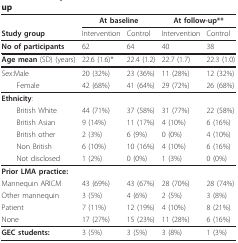
|  | <COLSPAN=2> At baseline | <COLSPAN=2> At follow-up** |
 | Study group | Intervention | Control | Intervention | Control |
 | --- | --- | --- | --- | --- |
 | No of participants | 62 | 64 | 40 | 38 |
 | Age mean (SD) (years) | 22.6 (1.6)* | 22.4 (1.2) | 22.7 (1.7) | 22.3 (1.0) |
 | Sex:Male | 20 (32%) | 23 (36%) | 11 (28%) | 12 (32%) |
 | Female | 42 (68%) | 41 (64%) | 29 (72%) | 26 (68%) |
 | Ethnicity: |  |  |  |  |
 | British White | 44 (71%) | 37 (58%) | 31 (77%) | 22 (58%) |
 | British Asian | 9 (14%) | 11 (17%) | 4 (10%) | 6 (16%) |
 | British other | 2 (3%) | 6 (9%) | 0 (0%) | 4 (10%) |
 | Non British | 6 (10%) | 10 (16%) | 4 (10%) | 6 (16%) |
 | Not disclosed | 1 (2%) | 0 (0%) | 1 (3%) | 0 (0%) |
 | Prior LMA practice: |  |  |  |  |
 | Mannequin ARICM | 43 (69%) | 43 (67%) | 28 (70%) | 28 (74%) |
 | Other mannequin | 3 (5%) | 4 (6%) | 2 (5%) | 3 (8%) |
 | Patient | 7 (11%) | 12 (19%) | 4 (10%) | 8 (21%) |
 | None | 17 (27%) | 15 (23%) | 11 (28%) | 6 (16%) |
 | GEC students: | 3 (5%) | 3 (5%) | 3 (8%) | 1 (3%) |